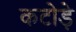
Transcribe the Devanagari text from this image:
कटोड़े